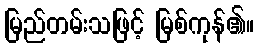
မြည်တမ်းသဖြင့် မြစ်ကုန်၏။